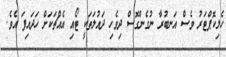
ހެލިކޮޕްޓަރު ވެސް އަނބުރާ ނުގެންގޮސް ދިވެހި ދައުލަތަކީ ޓޯއި އެއްޗަކަށް ހަދައިފަ އެވެ.